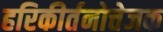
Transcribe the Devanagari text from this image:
हरिकीर्तनोत्तेजक